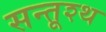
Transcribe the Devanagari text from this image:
सन्तूश्थ